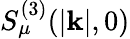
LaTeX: S_{\mu}^{(3)}(|\mathbf{k}|,0)